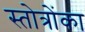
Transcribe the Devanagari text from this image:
स्तोत्रोंका